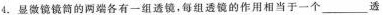
4.显微镜镜筒的两端各有一组透镜，每组透镜的作用相当于一个___透